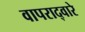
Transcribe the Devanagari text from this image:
वापराद्वारे